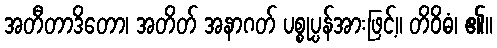
အတီတာဒိတော၊ အတိတ် အနာဂတ် ပစ္စုပ္ပန်အားဖြင့်။ တိဝိဓံ၊ ၏။